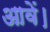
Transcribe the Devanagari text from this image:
आवें।